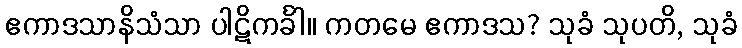
ဧကာဒသာနိသံသာ ပါဋိကင်္ခါ။ ကတမေ ဧကာဒသ? သုခံ သုပတိ, သုခံ